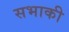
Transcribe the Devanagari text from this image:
सभाकी